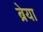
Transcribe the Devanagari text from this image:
ब्रेया